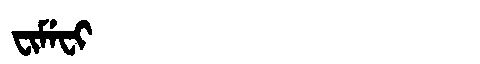
Manchu: ᠸᡳᠮᡝᠸᡳ
Romanization: FIMEFI